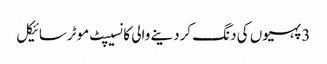
3 پہیوں کی دنگ کردینے والی کانسیپٹ موٹرسائیکل